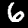
Digit: 6